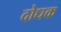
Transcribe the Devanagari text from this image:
दोधक